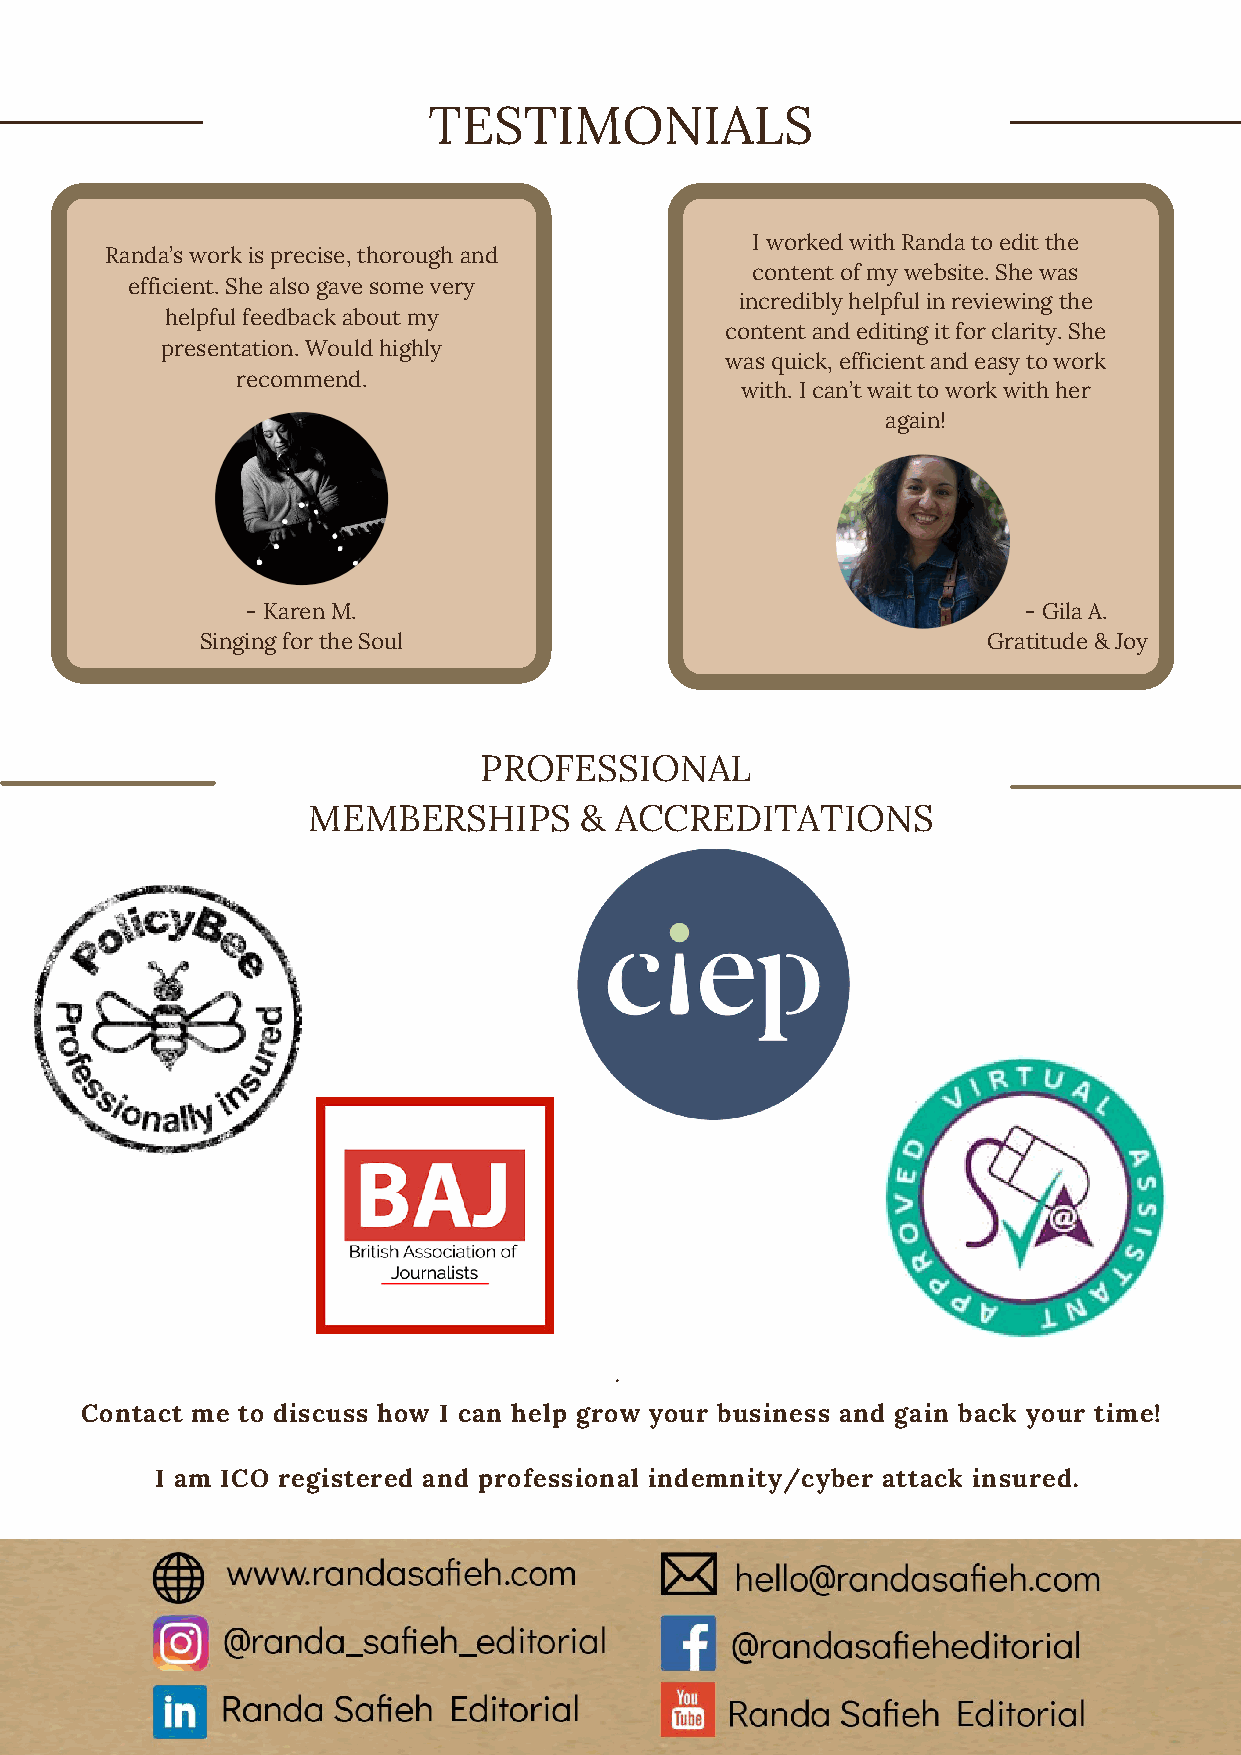
TESTIMONIALS
 I worked with Randa to edit the
 Randa’s work is precise, thorough and
 content of my website. She was
 efficient. She also gave some very
 incredibly helpful in reviewing the
 helpful feedback about my
 content and editing it for clarity. She
 presentation. Would highly
 was quick, efficient and easy to work
 recommend.
 with. I can’t wait to work with her
 again!
 - Karen M.                                          - Gila A.
 Singing for the Soul                                Gratitude & Joy
 PROFESSIONAL
 MEMBERSHIPS       &  ACCREDITATIONS
 ·
 Contact me to discuss how I can help grow your business and gain back your time!
 I am ICO registered and professional indemnity/cyber attack insured.